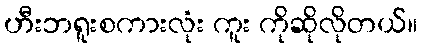
ဟီးဘရူးစကားလုံး ကူး ကိုဆိုလိုတယ်။